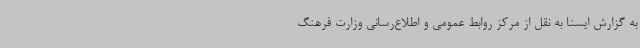
به گزارش ایسنا به نقل از مرکز روابط عمومی و اطلاع‌رسانی وزارت فرهنگ